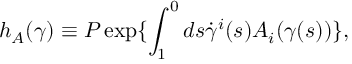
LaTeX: h _ { A } ( \gamma ) \equiv { \cal P } \exp \{ \int _ { 1 } ^ { 0 } d s \dot { \gamma } ^ { i } ( s ) A _ { i } ( \gamma ( s ) ) \} ,